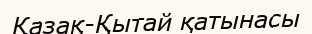
Қазақ-Қытай қатынасы